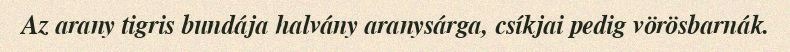
Az arany tigris bundája halvány aranysárga, csíkjai pedig vörösbarnák.